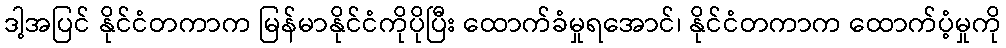
ဒါ့အပြင် နိုင်ငံတကာက မြန်မာနိုင်ငံကိုပိုပြီး ထောက်ခံမှုရအောင်၊ နိုင်ငံတကာက ထောက်ပံ့မှုကို